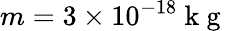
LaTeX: m=3\times 10^{-18}\mathrm{~k~g~}